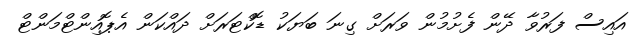
އައިސް ފަރުވާ ދޭން ފެށުމުން ވަރަށް ގިނަ ބަޔަކު ޑޮކްޓަރަށް ދައްކަން އެޕޮއިންޓްމަންޓް